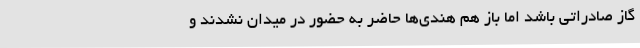
گاز صادراتی باشد اما باز هم هندی‌ها حاضر به حضور در میدان نشدند و